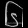
Digit: ၆